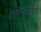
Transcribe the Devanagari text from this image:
शैक्षणिकसुविधा